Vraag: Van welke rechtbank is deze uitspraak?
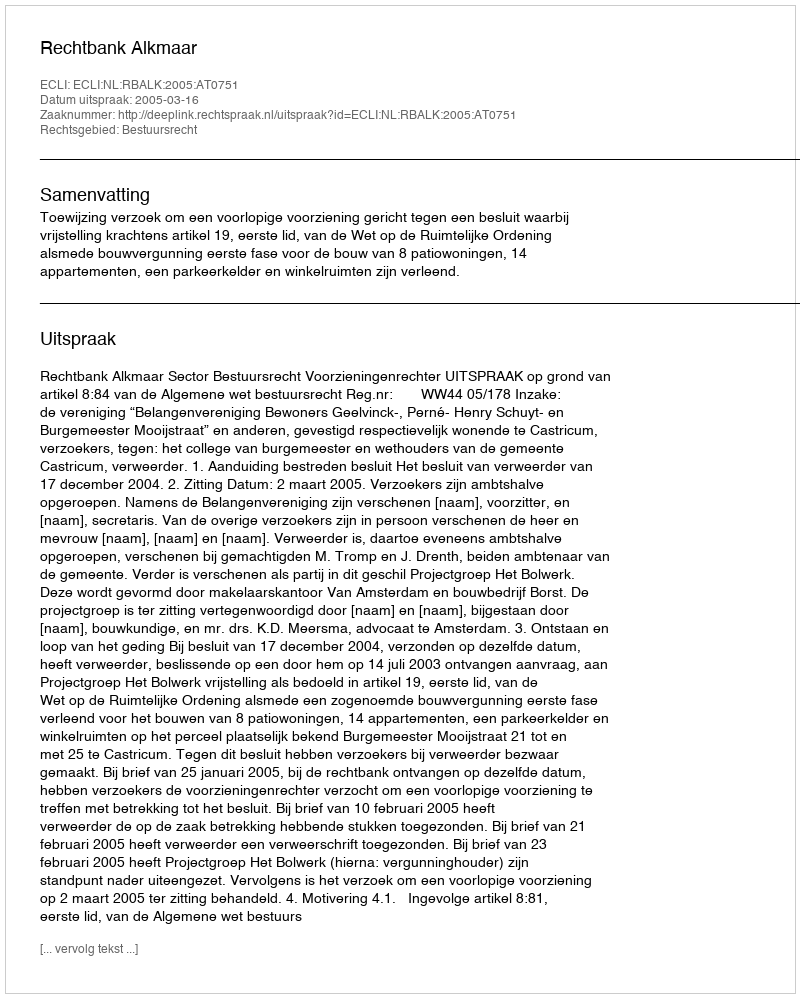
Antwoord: Rechtbank Alkmaar